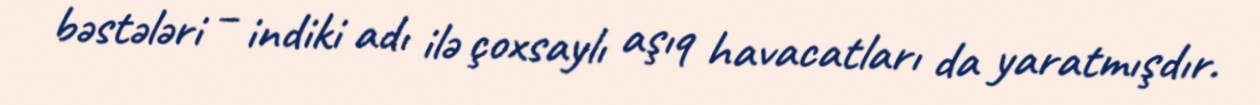
bəstələri – indiki adı ilə çoxsaylı aşıq havacatları da yaratmışdır.